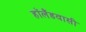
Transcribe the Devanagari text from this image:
हॉलैंडवासी